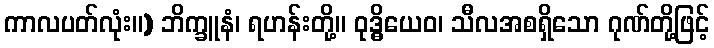
ကာလပတ်လုံး။) ဘိက္ခူနံ၊ ရဟန်းတို့။ ဝုဒ္ဓိယေဝ၊ သီလအစရှိသော ဂုဏ်တို့ဖြင့်